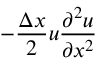
- \frac { \Delta x } { 2 } u \frac { \partial ^ { 2 } u } { \partial x ^ { 2 } }